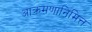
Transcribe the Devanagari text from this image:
आक्रमणानिमित्त